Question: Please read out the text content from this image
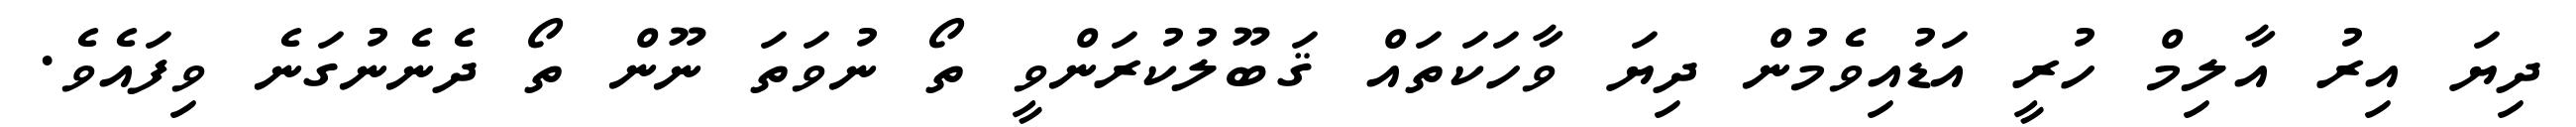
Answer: ދިޔަ އިރު އާލިމް ހުރީ އަޑުއިވެމުން ދިޔަ ވާހަކަތައް ޤަބޫލުކުރަންވީ ތޯ ނުވަތަ ނޫން ތޯ ދެނެނުގަނެ ވިފައެވެ.